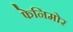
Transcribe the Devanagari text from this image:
फेनिमोर